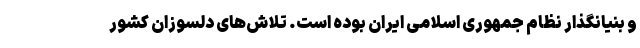
و بنیانگذار نظام جمهوری اسلامی ایران بوده است. تلاش‌های دلسوزان کشور